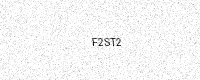
Text: F2ST2